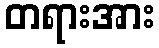
တရားအား